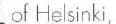
of Helsinki,